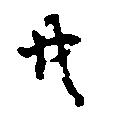
共